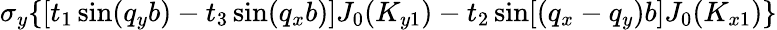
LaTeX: \sigma_{y}\{ [t_{1}\sin(q_{y}b)-t_{3}\sin(q_{x}b)]J_{0}(K_{y1})-t_{2}\sin[(q_{x}-q_{y})b]J_{0}(K_{x1})\}